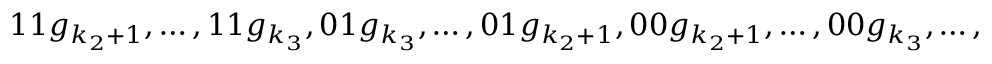
1 1 g _ { k _ { 2 } + 1 } , \ldots , 1 1 g _ { k _ { 3 } } , 0 1 g _ { k _ { 3 } } , \ldots , 0 1 g _ { k _ { 2 } + 1 } , 0 0 g _ { k _ { 2 } + 1 } , \ldots , 0 0 g _ { k _ { 3 } } , \ldots ,